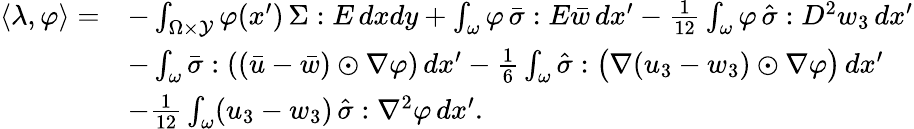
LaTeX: \begin{array}{rl}{\langle\lambda,\varphi\rangle=}&{-\int_{\Omega\times\mathcal{Y}}\varphi(x^{\prime})\, \Sigma:E\, dxdy+\int_{\omega}\varphi\, \bar{\sigma}:E\bar{w}\, dx^{\prime}-\frac{1}{12}\int_{\omega}\varphi\, \hat{\sigma}:D^{2}w_{3}\, dx^{\prime}}\\ &{-\int_{\omega}\bar{\sigma}:\left((\bar{u}-\bar{w})\odot\nabla\varphi\right)\, dx^{\prime}-\frac{1}{6}\int_{\omega}\hat{\sigma}:\big(\nabla(u_{3}-w_{3})\odot\nabla\varphi\big)\, dx^{\prime}}\\ &{-\frac{1}{12}\int_{\omega}(u_{3}-w_{3})\, \hat{\sigma}:\nabla^{2}\varphi\, dx^{\prime}.}\end{array}